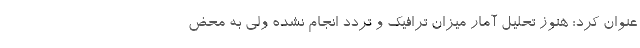
عنوان کرد: هنوز تحلیل آمار میزان ترافیک و تردد انجام نشده ولی به محض